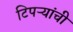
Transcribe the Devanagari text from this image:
टिपऱ्यांची